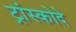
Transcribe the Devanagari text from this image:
ट्रांस्कोदे